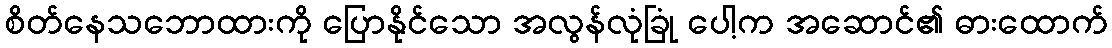
စိတ်နေသဘောထားကို ပြောနိုင်သော အလွန်လုံခြုံ ပေါ့က အဆောင်၏ ဓားထောက်